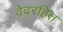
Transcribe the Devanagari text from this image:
वेदरहित